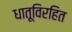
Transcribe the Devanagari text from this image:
धातूविरहित